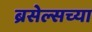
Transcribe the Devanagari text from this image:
ब्रसेल्सच्या